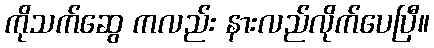
ကိုသက်ဆွေ ကလည်း နားလည်လိုက်ပေပြီ။